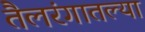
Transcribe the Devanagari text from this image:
तैलरंगातल्या